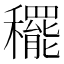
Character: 䆉